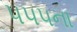
૫૫૫ના